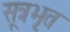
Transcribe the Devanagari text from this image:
सूत्रभृत